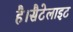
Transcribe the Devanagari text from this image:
है।सैटेलाइट